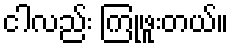
ငါလည်း ကြုံဖူးတယ်။